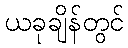
ယခုချိန်တွင်